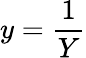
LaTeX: y=\frac{1}{Y}